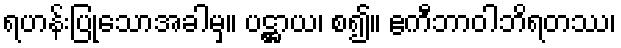
ရဟန်းပြုသောအခါမှ။ ပဋ္ဌာယ၊ စ၍။ ဧကီဘာဝါဘိရတဿ၊